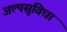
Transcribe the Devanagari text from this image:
अल्पसुविधा